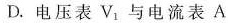
D.电压表V_{1}与电流表A